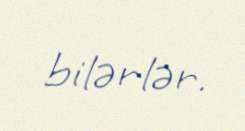
bilərlər.